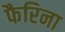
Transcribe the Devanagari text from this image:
फैरिना